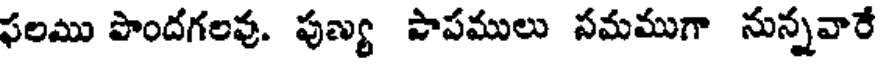
ఫలము పొందగలవు. పుణ్య పాపములు సమముగా నున్నవారే